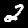
Digit: 2